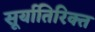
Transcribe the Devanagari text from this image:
सूर्यातिरिक्त